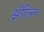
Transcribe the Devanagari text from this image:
झील्‍लि।